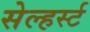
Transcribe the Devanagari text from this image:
सेल्हर्स्ट